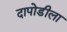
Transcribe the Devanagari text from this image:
दापोडीला